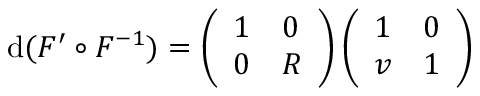
\mathrm { d } ( F ^ { \prime } \circ F ^ { - 1 } ) = \left( \begin{array} { l l } { 1 } & { 0 } \\ { 0 } & { R } \end{array} \right) \left( \begin{array} { l l } { 1 } & { 0 } \\ { v } & { 1 } \end{array} \right)